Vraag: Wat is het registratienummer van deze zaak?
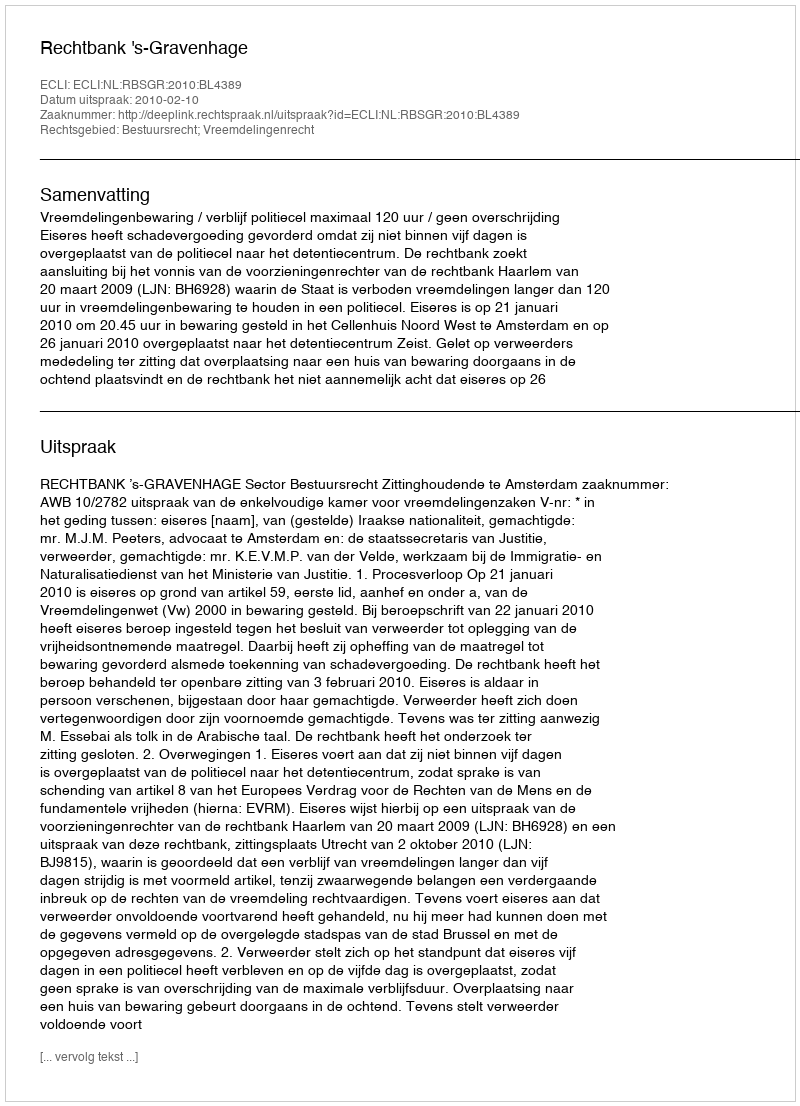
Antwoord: http://deeplink.rechtspraak.nl/uitspraak?id=ECLI:NL:RBSGR:2010:BL4389